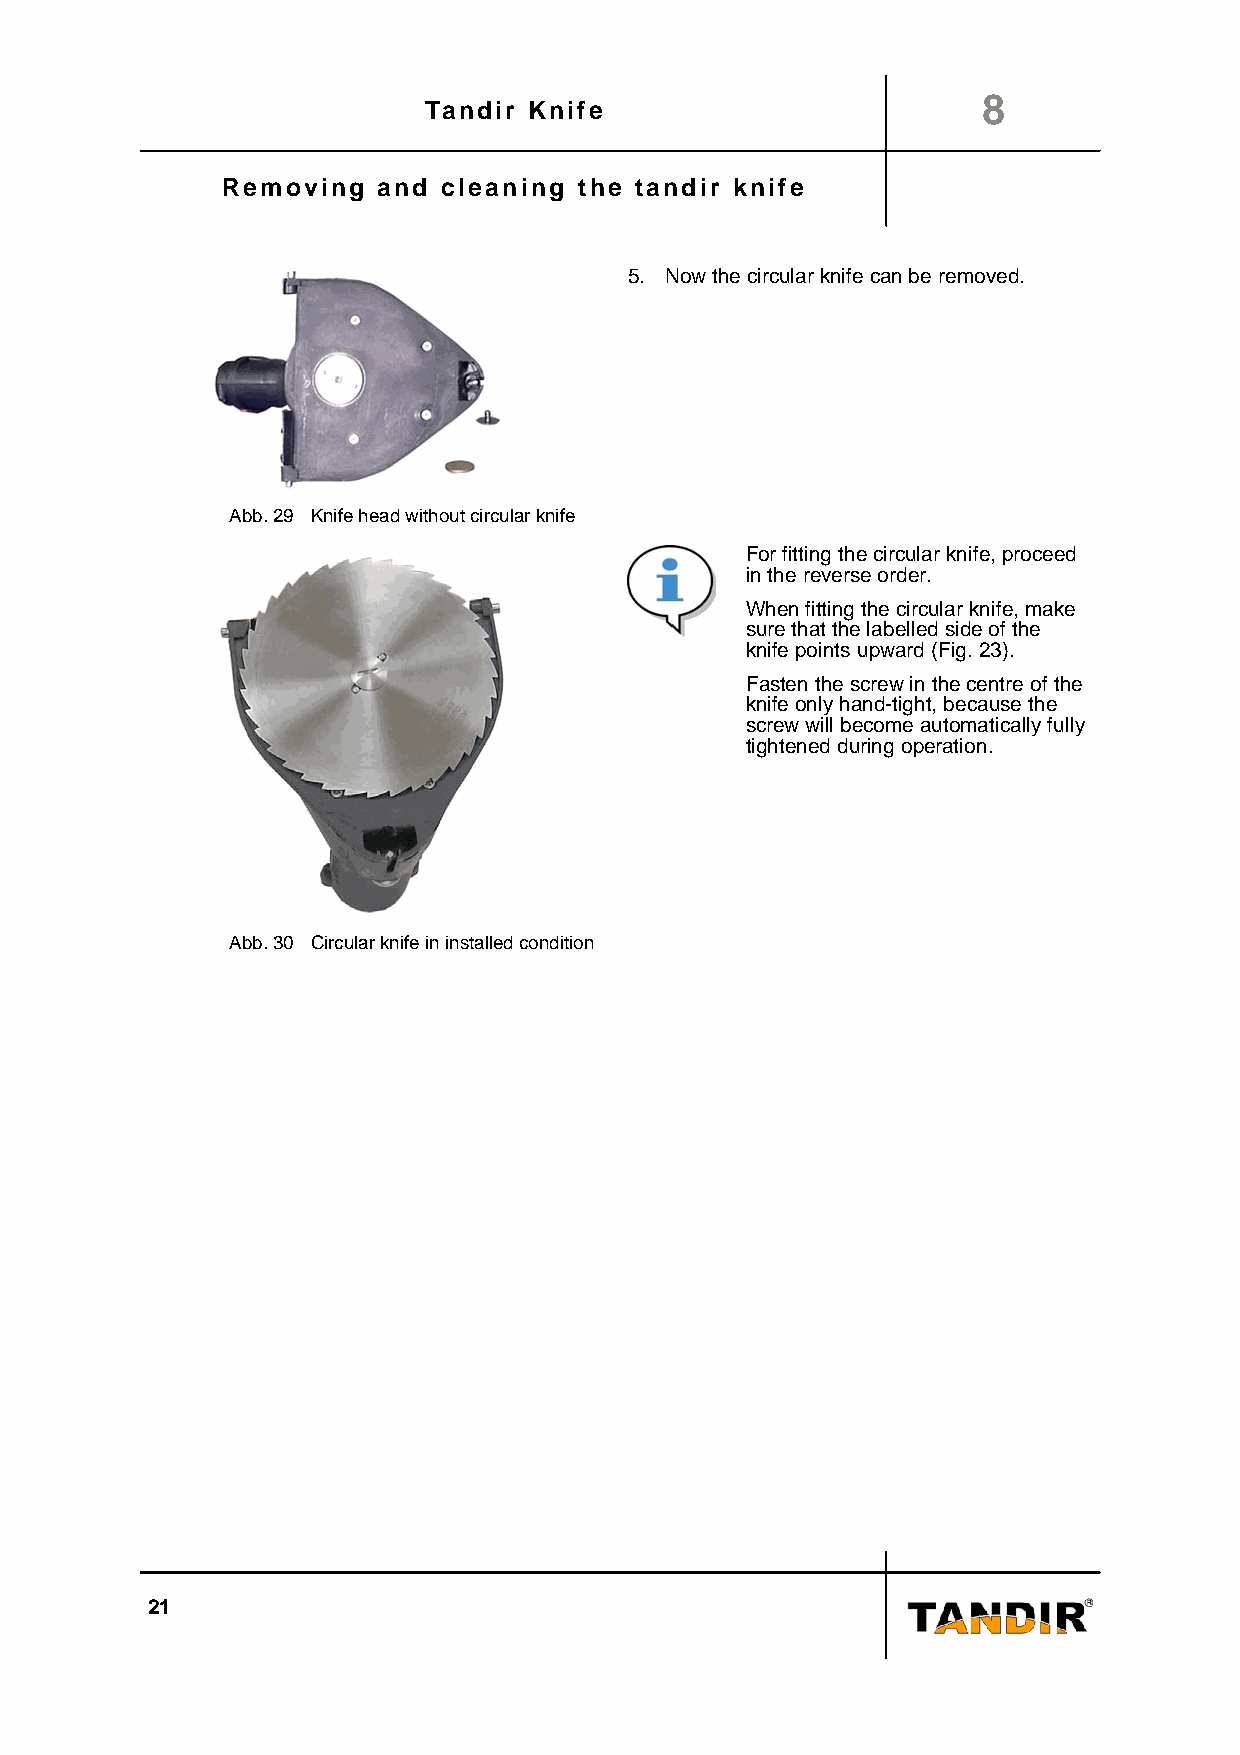
8
 Tandir Knife
 Removing  and cleaning the tandir knife
 5. Now the circular knife can be removed.
 Abb. 29 Knife head without circular knife
 For fitting the circular knife, proceed
 in the reverse order.
 When fitting the circular knife, make
 sure that the labelled side of the
 knife points upward (Fig. 23).
 Fasten the screw in the centre of the
 knife only hand-tight, because the
 screw will become automatically fully
 tightened during operation.
 Abb. 30 Circular knife in installed condition
 21